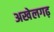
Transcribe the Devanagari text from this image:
अखेलगढ़